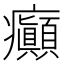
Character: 癲